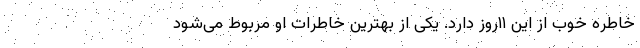
خاطره خوب از این ١١روز دارد. یکی از بهترین خاطرات او مربوط می‌شود